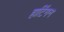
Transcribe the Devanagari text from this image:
हार्टिगन